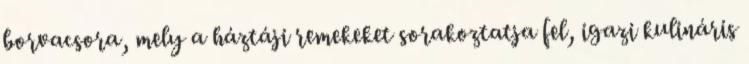
borvacsora, mely a háztáji remekeket sorakoztatja fel, igazi kulináris